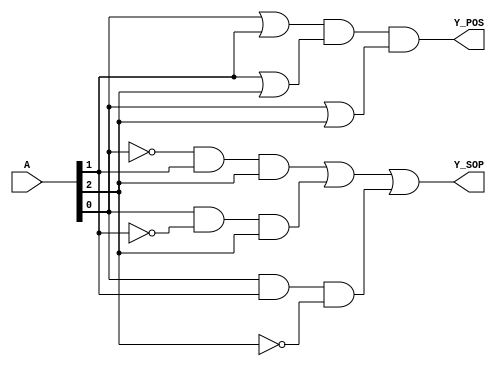
module combinational_logic (
    input wire [2:0] A,  // 3-bit input
    output wire Y_SOP,    // Output for Sum of Products
    output wire Y_POS     // Output for Product of Sums
);

// Sum of Products (SOP) implementation
// Example function: Y = A0'A1A2 + A0A1'A2 + A0A1A2' (minimized form)
assign Y_SOP = (~A[0] & A[1] & A[2]) | (A[0] & ~A[1] & A[2]) | (A[0] & A[1] & ~A[2]);

// Product of Sums (POS) implementation
// Example function: Y = (A0 + A1)(A1 + A2)(A0 + A2) (minimized form)
assign Y_POS = (A[0] | A[1]) & (A[1] | A[2]) & (A[0] | A[2]);

endmodule